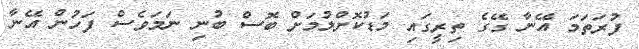
ފުރަތަމަ އޭނާ ގޭގެ ތިރީގައި މަޑުކޮށްލުމަށް ބޮސް ބުނި ނަމަވެސް ފަހުން އޭނާ